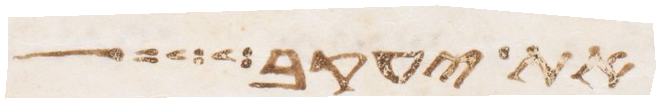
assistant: את יעקב